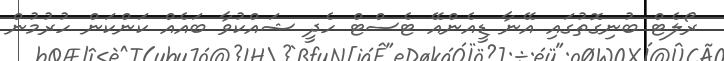
ރޯލެޓް ބުނިގޮތުގައި އޭނާ ޑީއެންއޭ ޓެސްޓް ހެދީ ޝައްކުވާ ބައެއް ކަންކަން ހުރުމުން